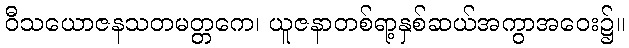
ဝီသယောဇနသတမတ္တကေ၊ ယူဇနာတစ်ရာ့နှစ်ဆယ်အကွာအဝေး၌။